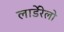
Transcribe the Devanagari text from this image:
लार्डेरेलो